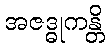
အဇဒ္ဓုကန္တိ